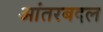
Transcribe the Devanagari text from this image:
आंतरबदल